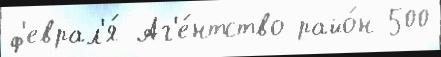
ф'еврал'я́ Аг'е́нтство райо́н 500